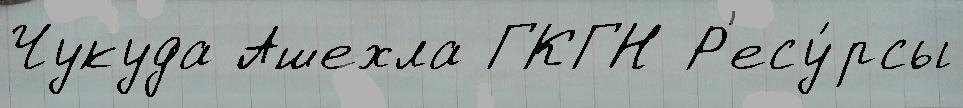
Чукуда Ашехла ГКГН Р'есу́рсы